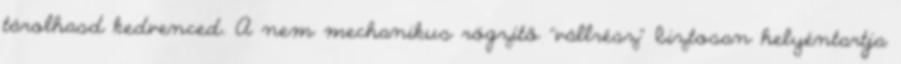
tárolhasd kedvenced. A nem mechanikus rögzítő “vállrész” biztosan helyéntartja